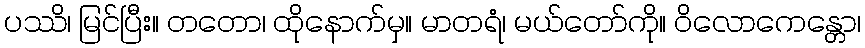
ပဿိ၊ မြင်ပြီး။ တတော၊ ထိုနောက်မှ။ မာတရံ၊ မယ်တော်ကို။ ဝိလောကေန္တော၊